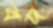
বদ